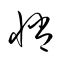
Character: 悄